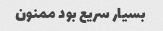
بسیار سریع بود ممنون